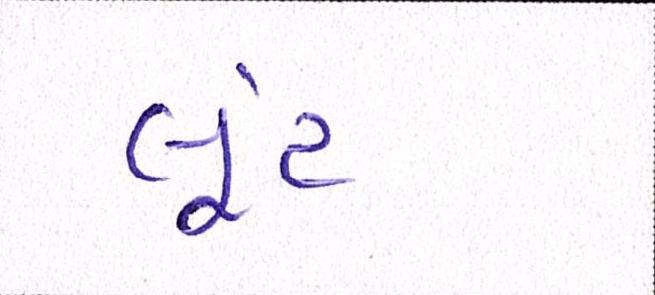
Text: લુંટ